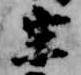
宗